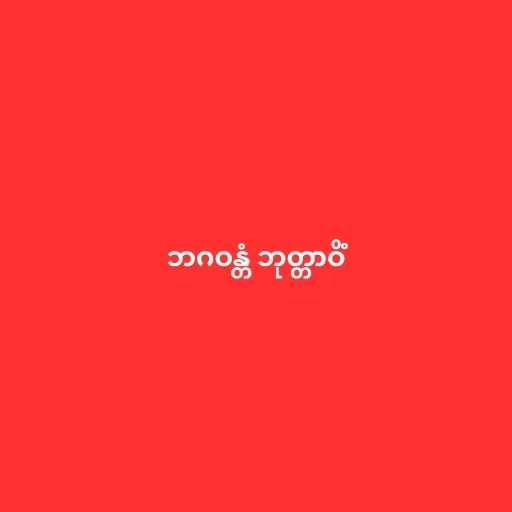
ဘဂဝန္တံ ဘုတ္တာဝိံ